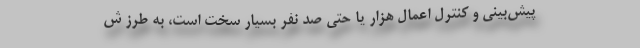
پیش‌بینی و کنترل اعمال هزار یا حتی صد نفر بسیار سخت است، به طرز ش